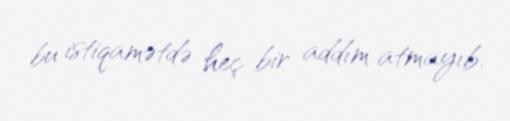
bu istiqamətdə heç bir addım atmayıb.